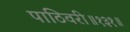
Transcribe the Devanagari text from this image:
पाठिवरी॥१३१॥